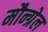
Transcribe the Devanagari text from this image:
मौन्ग्रेल